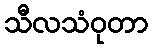
သီလသံဝုတာ